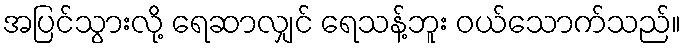
အပြင်သွားလို့ ရေဆာလျှင် ရေသန့်ဘူး ဝယ်သောက်သည်။